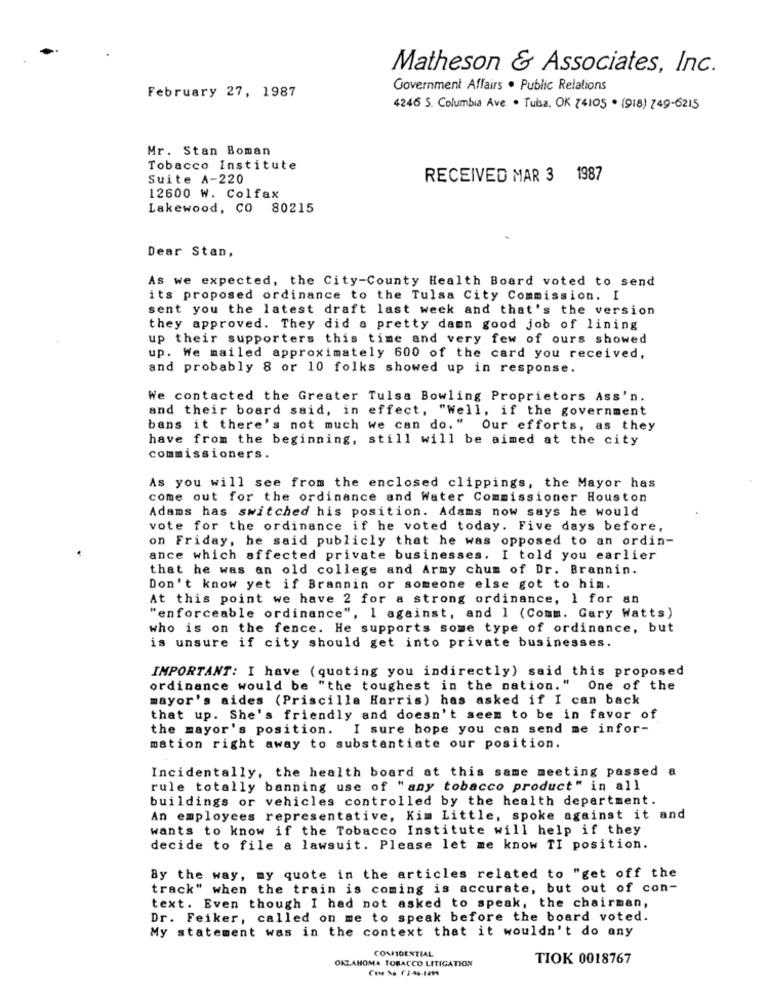
Matheson & Associates, Inc.
February 27, 1987
Government Affairs . Public Relations
4246 S. Columbia Ave. · Tulsa. OK 74105 . (918) 749-6215
Mr. Stan Boman
Tobacco Institute
Suite A-220
RECEIVED MAR 3 1987
12600 W. Colfax
Lakewood, CO 80215
Dear Stan,
As we expected, the City-County Health Board voted to send
its proposed ordinance to the Tulsa City Commission. I
sent you the latest draft last week and that's the version
they approved. They did a pretty damn good job of lining
up their supporters this time and very few of ours showed
up. We mailed approximately 600 of the card you received,
and probably 8 or 10 folks showed up in response.
We contacted the Greater Tulsa Bowling Proprietors Ass'n.
and their board said, in effect, "Well, if the government
bans it there's not much we can do." Our efforts, as they
have from the beginning, still will be aimed at the city
commissioners.
As you will see from the enclosed clippings, the Mayor has
come out for the ordinance and Water Commissioner Houston
Adams has switched his position. Adams now says he would
vote for the ordinance if he voted today. Five days before,
on Friday, he said publicly that he was opposed to an ordin-
ance which affected private businesses. I told you earlier
that he was an old college and Army chum of Dr. Brannin.
Don't know yet if Brannin or someone else got to him.
At this point we have 2 for a strong ordinance, 1 for an
"enforceable ordinance", I against, and 1 (Comm. Gary Watts)
who is on the fence. He supports some type of ordinance, but
is unsure if city should get into private businesses.
IMPORTANT: I have (quoting you indirectly) said this proposed
ordinance would be "the toughest in the nation." One of the
mayor's aides (Priscille Harris) has asked if I can back
that up. She's friendly and doesn't seem to be in favor of
the mayor's position.
I sure hope you can send me infor-
mation right away to substantiate our position.
Incidentally, the health board at this same meeting passed a
rule totally banning use of "any tobacco product" in all
buildings or vehicles controlled by the health department.
An employees representative, Kim Little, spoke against it and
wants to know if the Tobacco Institute will help if they
decide to file a lawsuit. Please let me know TI position.
By the way, my quote in the articles related to "get off the
track" when the train is coming is accurate, but out of con-
text. Even though I had not asked to speak, the chairman,
Dr. Feiker, called on me to speak before the board voted.
My statement was in the context that it wouldn't do any
COMIDENTIAL
OKLAHOMA TOBACCO LITIGATION
TIOK 0018767